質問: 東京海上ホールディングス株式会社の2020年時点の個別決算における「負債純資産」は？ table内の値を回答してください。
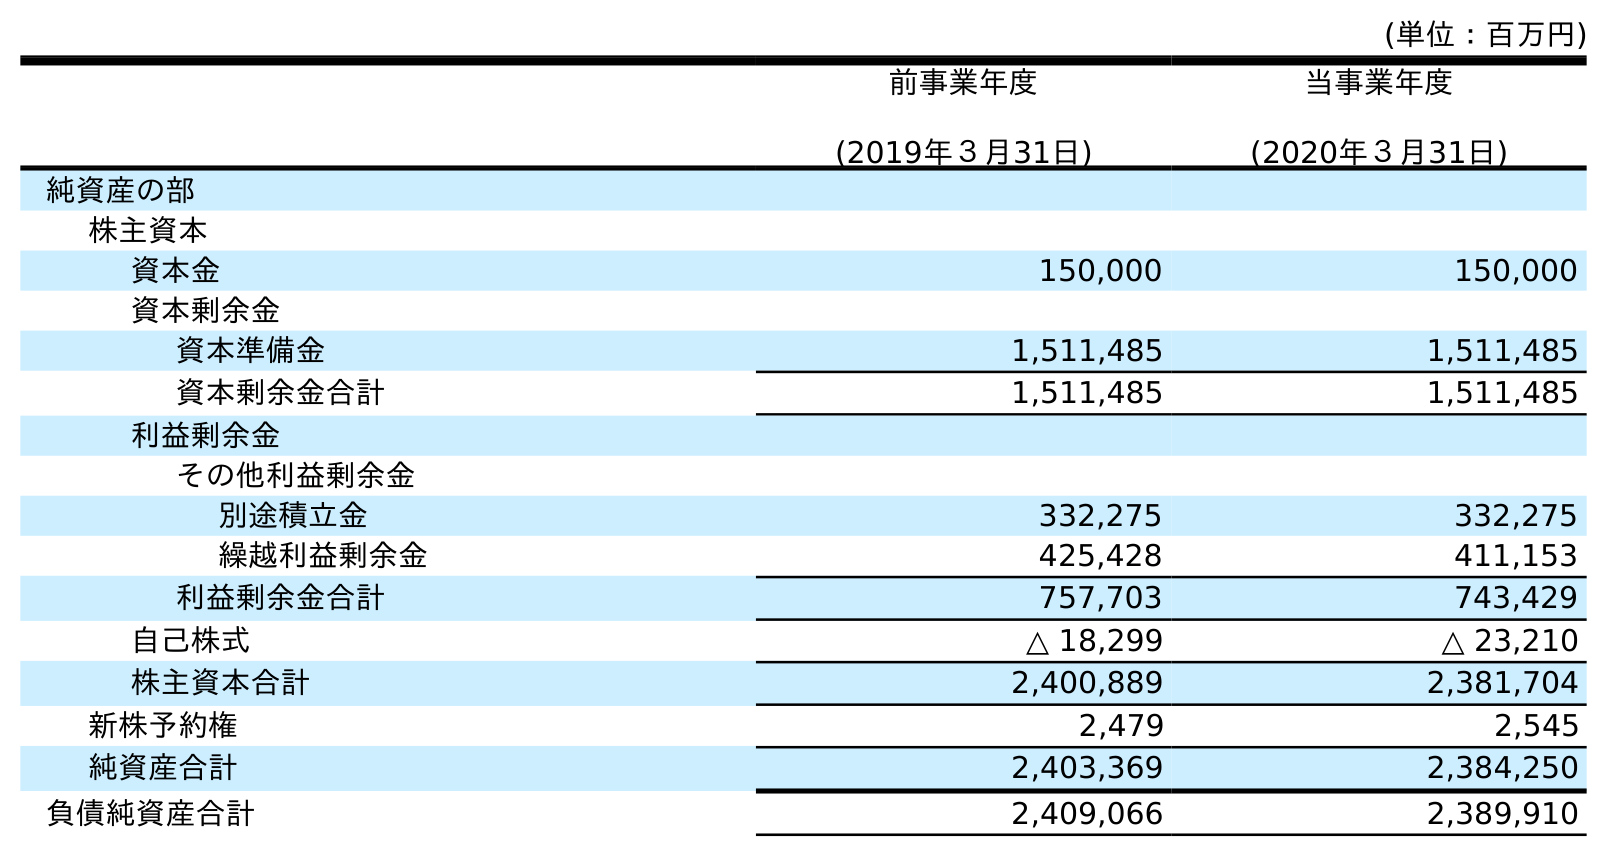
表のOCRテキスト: (単位：百万円) 前事業年度 (2019年３月31日) 当事業年度 (2020年３月31日) 純資産の部 株主資本 資本金 150,000 150,000 資本剰余金 資本準備金 1,511,485 1,511,485 資本剰余金合計 1,511,485 1,511,485 利益剰余金 その他利益剰余金 別途積立金 332,275 332,275 繰越利益剰余金 425,428 411,153 利益剰余金合計 757,703 743,429 自己株式 △ 18,299 △ 23,210 株主資本合計 2,400,889 2,381,704 新株予約権 2,479 2,545 純資産合計 2,403,369 2,384,250 負債純資産合計 2,409,066 2,389,910
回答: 2,389,910